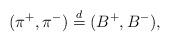
LaTeX: \begin{align*}(\pi^+,\pi^-)\stackrel{d}{=} (B^+,B^-),\end{align*}